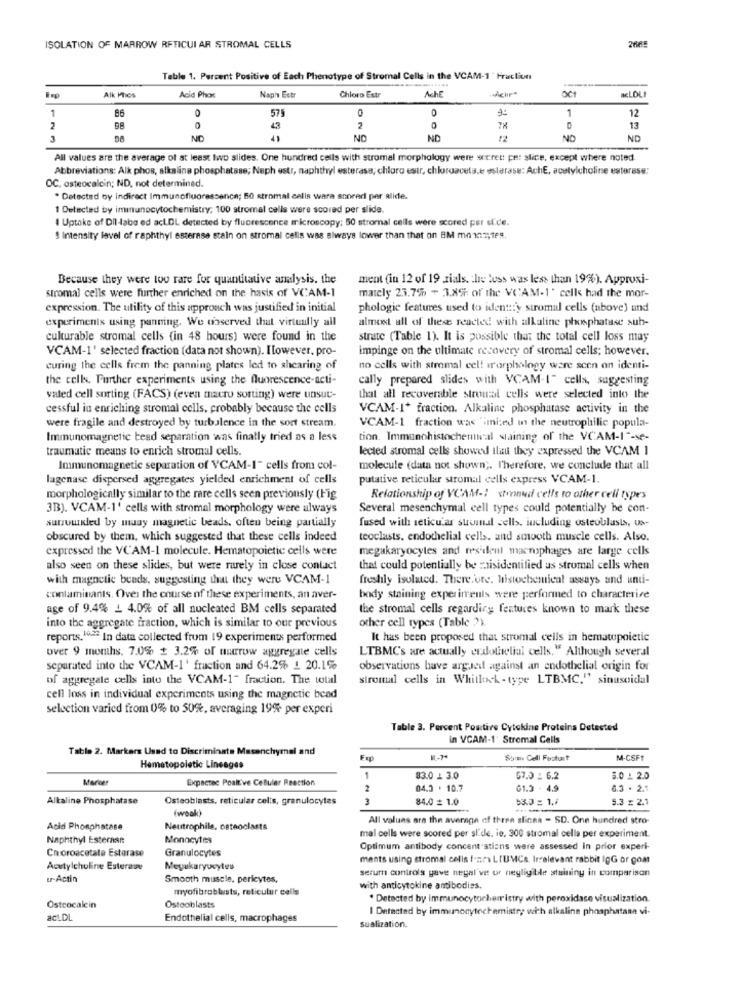
ISOLATION OF MARROW RETICUI AR STROMAL CELLS
Table 1. Percent Positive of Each Phenotype of Stromal Cells in the VCAM-1 ' Fraction
AchE
Achr.
acLOL
Alk Mos
Acid Phos
Naph Estr
Chloro Estr
1
0
575
O
1
12
2
0
43
2
0
13
NO
41
NO
ND
12
NO
ND
All values are the average of at least two slides. One hundred cells with stromal morphology were secret pe: slice, except where noted
Abbreviations: Alk phos, alkaline phosphatase; Naph estr, naphthyl esterase, chloro estr, chlordaveta.e østerase: AchE, acetylcholine estorese;
OC, osteocalcin; ND, not determined.
* Detected by indirect Immunofluorescence; 50 stromal cells wara snored per alide.
1 Detected by iminunocytochemistry; 100 stromal cells were scored per slide.
I Uptake of Dil-labe ed acLDL detected by fluorescence microscopy; 50 stromal cells were scored per side.
$ Intensity level of raphthyl esterase stain on stromal cells was always lower than that on BM mo 112;1FR.
Because they were too rare for quantitative analysis. the
ment (in 12 of 19 rials. the loss was less than 19%). Approxi-
stromal cells were further enriched on the hasis of VCAM-1
mately 23.7% + 3.8% of the VCAM-1' cells had the mor-
expression. The utility of this approach was justified in initial
phologie features used to identiy stromal cells (above) and
experiments using panning. We observed that virtually all
almost all of these reacted with alkaline phosphatase sub-
culturable stromal cells (in 48 hours) were found in the
strate (Table 1). It is possible that the total cell loss may
VCAM-1' selected fraction (data not shown). Ilowever, pro-
impinge on the ultimate recovery of stromal cells; however.
curing the cells from the panning plates led to shearing of
no cells with stromal eel! morphology ware scen on identi-
the cells. Further experiments using the fluorescence-acti-
cally prepared slides with VCAM-1" cells, suggesting
vated cell sorting (FACS) (even macro sorting) were unsuc-
that all recoverable stroual cells were selected into the
cessful in enriching stromal cells, probably because the cells
VCAM-I+ fraction. Alkaline phosphatase activity in the
were fragile and destroyed by turbulence in the sort stream.
VCAM-1 fraction was "imi:ed in the neutrophilic popula-
Immunomagnetic bead separation was finally tried as a less
tion. Immunohistochemical staining of the VCAM-I-se-
traumatic means to enrich stromal cells.
lected stromal cells showed ilau they expressed the VCAM I
Immunomagnetic separation of YCAM-1" cells from col-
molecule (data not shown ;. Therefore, we conclude that all
lagenase dispersed aggregates yielded enrichment of cells
putative reticular stromal cells express VCAM-1.
morphologically similar to the rare cells seen previously (Fig
Relationship of VCAM -; stroand cells to other cell types
3B). VCAM-1' cells with stromal morphology were always
Several mesenchymal cell types could potentially be con-
surrounded by muay magnetic beads, often being partially
fused with seticutar suomal sells, including osteoblasts, us-
obscured by them, which suggested that these cells indeed
teoclasts, endothelial cell. and smooth muscle cells. Also.
expressed the VCAM-1 molecule. Hematopoietic cells were
megakaryocytes and resident macrophages are large cells
also seen on these slides, but were rarely in close contact
that could potentially be ziisidentified as stromal cells when
with magnetic beads, suggesting that they were VCAM-1
freshly isolated. There.ore. histochemical assays and unti-
contaminants. Over the course of these experiments, an aver-
body staining experiments were performed to characterire
age of 9.4% 1 4.0% of all nucleated BM cells separated
the stromal cells regarding fentuces known to mark these
other cell types (Table ")
into the aggregate fraction, which is similar to our previous
reports. 12 In data collected from 19 experiments performed
It has been proposed that stromal cells in hematopoietic
over 9 momhs. 7.0% + 3.2% of marrow aggregate cells
LTBMC's are actually endothelial cells." Although several
separated into the VCAM-1' fraction and 64.2% 1 20.1%
observations have argued against an endothelial origin for
of aggregate cells into the VCAM-1" fraction. The wtal
stromal cells in Whitlock - type LTBMC." sinusoidal
cell loss in individual experiments using the magnetic bead
selection varied from 0% to 50%, averaging 19% per experi
Table 3. Percent Postire Cytokine Proteins Detested
in VCAM-1' Stromal Cells
Table 2. Markers Used to Discriminate Macanchymal and
Som Cell Festuit
M-CSF1
Hematopoletic Lineages
Marker
Expectec Poalt've CeBuler Reaction
1
83.0 1 3.0
67.0 - 6.2
5.0 1 2.0
2
04.3 . 10.7
61.3 - 4.9
6.3 . 2.1
Altaline Phosphatase
Osteoblasts, reticular cells, granulocytes
3
84.0 = 1.0
53.0 = 1.4
5.3 £ 2.1
(weak)
All values are the average of three slicsa - SD. One hundred stro-
Acid Phosphatase
Neutrophils, osteoclasts
Naphthyl Esterase
Monocytes
mal cells were scored per slide, ie, 300 stromal cells per experiment.
Choroacetate Esterase
Granulocytes
Optimum antibody concentrations ware assessed in prior experi-
ments using stromal cells fears LIUMCs. Irrelevant rabbit lgG or goat
Acetylcholine Esterase
Meyukaryucytes
serum controls gave negal've or negligible staining in comparison
ur-Actin
Smooth muscle, pericytes,
myofibroblasts, reticulur cells
with anticytokine antibodies.
. Detected by immunocytochemistry with peroxidase visualization.
Osteocalein
Osteoblasts
I Detected by immunonytoch emistry with alkaline phosphatann vi-
act.DL
Endothelial cells, macrophages
sualization.